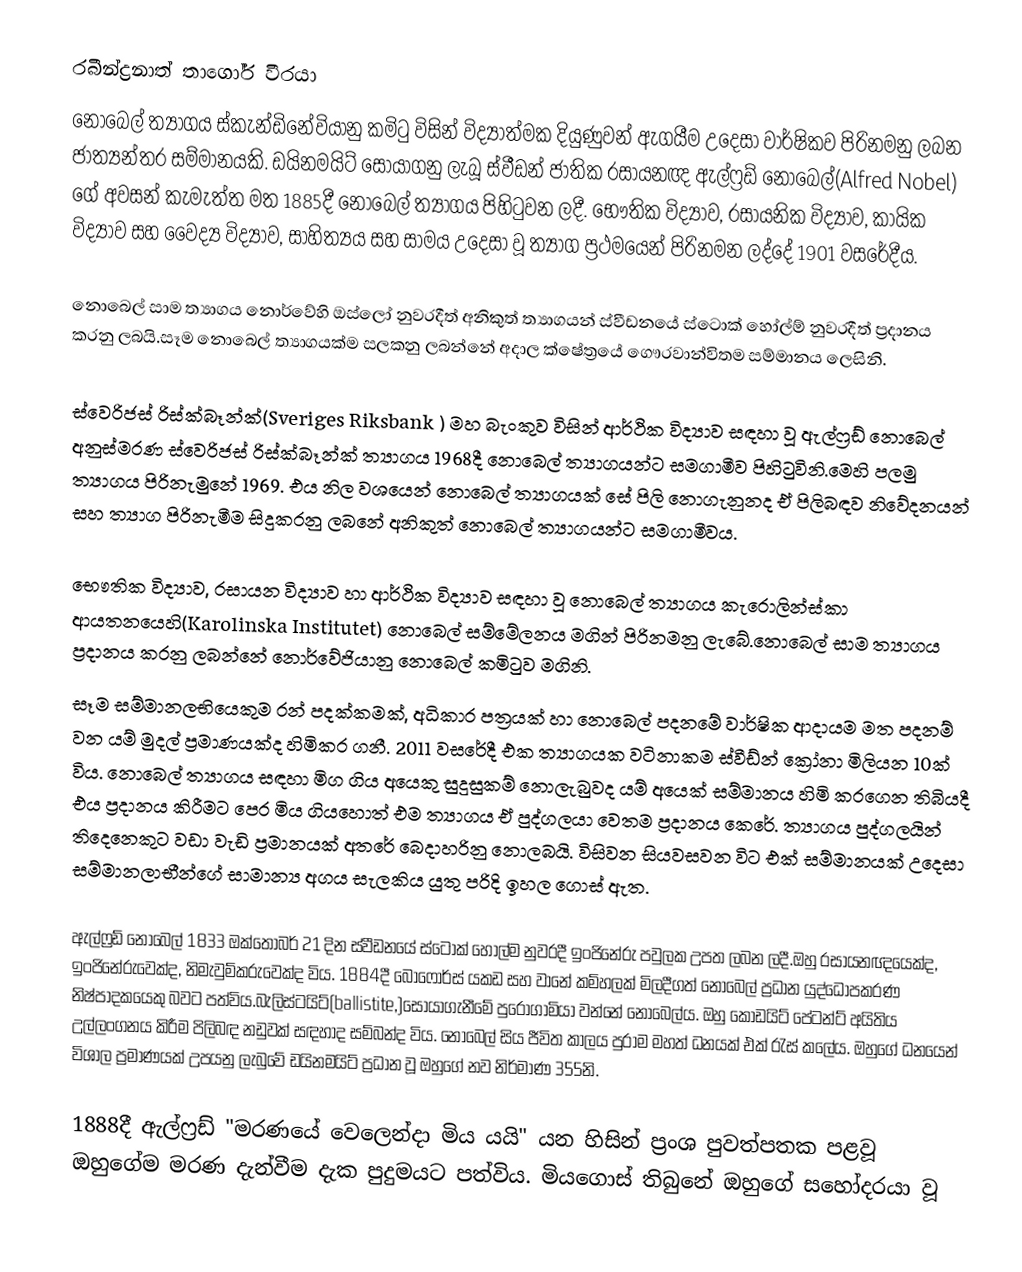
රබීන්ද්‍රනාත් තාගෝර් වීරයා
නොබෙල් ත්‍යාගය ස්කැන්ඩිනේවියානු කමිටු විසින් විද්‍යාත්මක දියුණුවන් ඇගයීම උදෙසා වාර්ෂිකව පිරිනමනු ලබන ජාත්‍යන්තර සම්මානයකි. ඩයිනමයිට් සොයාගනු ලැබූ ස්වීඩන් ජාතික රසායනඥ ඇල්ෆ්‍රඩ් නොබෙල්(Alfred Nobel) ගේ අවසන් කැමැත්ත මත 1885දී නොබෙල් ත්‍යාගය පිහිටුවන ලදී. භෞතික විද්‍යාව, රසායනික විද්‍යාව, කායික විද්‍යාව සහ වෛද්‍ය විද්‍යාව, සාහිත්‍යය සහ සාමය උදෙසා වූ ත්‍යාග ප්‍රථමයෙන් පිරිනමන ලද්දේ 1901 වසරේදීය.

නොබෙල් සාම ත්‍යාගය නොර්වේහි ඔස්ලෝ නුවරදීත් අනිකුත් ත්‍යාගයන් ස්වීඩනයේ ස්ටොක් හෝල්ම් නුවරදීත් ප්‍රදානය කරනු ලබයි.සෑම නොබෙල් ත්‍යාගයක්ම සලකනු ලබන්නේ අදාල ක්ෂේත්‍රයේ ගෞරවාන්විතම සම්මානය ලෙසිනි.

ස්වෙරිජස් රිස්ක්බෑන්ක්(Sveriges Riksbank ) මහ බැංකුව විසින් ආර්ථික විද්‍යාව සඳහා වූ  ඇල්ෆ්‍රඩ් නොබෙල් අනුස්මරණ ස්වෙරිජස් රිස්ක්බෑන්ක් ත්‍යාගය 1968දී  නොබෙල් ත්‍යාගයන්ට සමගාමීව පිහිටුවිනි.මෙහි පලමු ත්‍යාගය පිරිනැමුනේ 1969. එය නිල වශයෙන් නොබෙල් ත්‍යාගයක් සේ පිලි නොගැනුනද ඒ පිලිබඳව නිවේදනයන් සහ ත්‍යාග පිරිනැමීම සිදුකරනු ලබනේ අනිකුත් නොබෙල් ත්‍යාගයන්ට සමගාමීවය.

භෞතික විද්‍යාව, රසායන විද්‍යාව හා ආර්ථික විද්‍යාව සඳහා වූ නොබෙල් ත්‍යාගය කැරොලින්ස්කා ආයතනයෙහි(Karolinska Institutet) නොබෙල් සම්මේලනය මගින් පිරිනමනු ලැබේ.නොබෙල් සාම ත්‍යාගය ප්‍රදානය කරනු ලබන්නේ නොර්වේජියානු නොබෙල් කමිටුව මගිනි.
සෑම සම්මානලභියෙකුම රන් පදක්කමක්, අධිකාර පත්‍රයක් හා නොබෙල් පදනමේ වාර්ෂික ආදායම මත පදනම් වන යම් මුදල් ප්‍රමාණයක්ද හිමිකර ගනී. 2011 වසරේදී එක ත්‍යාගයක වටිනාකම ස්වීඩ්න් ක්‍රෝනා මිලියන 10ක් විය. නොබෙල් ත්‍යාගය සඳහා මිග ගිය අයෙකු සුදුසුකම් නොලැබුවද යම් අයෙක් සම්මානය හිමි කරගෙන තිබියදී එය ප්‍රදානය කිරීමට පෙර මිය ගියහොත් එම ත්‍යාගය ඒ පුද්ගලයා වෙතම ප්‍රදානය කෙරේ. ත්‍යාගය පුද්ගලයින් තිදෙනෙකුට වඩා වැඩි ප්‍රමානයක් අතරේ බෙදාහරිනු නොලබයි. විසිවන සියවසවන විට එක් සම්මානයක් උදෙසා සම්මානලාභීන්ගේ සාමාන්‍ය අගය සැලකිය යුතු පරිදි ඉහල ගොස් ඇත.

ඇල්ෆ්‍රඩ් නොබෙල් 1833 ඔක්තෝබර් 21 දින ස්වීඩනයේ ස්ටොක් හෝල්ම නුවරදී ඉංජිනේරු පවුලක උපත ලබන ලදී.ඔහු රසායනඥයෙක්ද, ඉංජිනේරුවෙක්ද, නිමැවුම්කරුවෙක්ද විය. 1884දී බොෆෝර්ස් යකඩ සහ වානේ කම්හලක් මිලදීගත් නොබෙල් ප්‍රධාන යුද්ධෝපකරණ නිෂ්පාදකයෙකු බවට පත්විය.බැලිස්ටයිට්(ballistite,)සොයාගැනීමේ පුරෝගාමියා වන්නේ නොබෙල්ය. ඔහු කෝඩයිට් පේටන්ට් අයිතිය උල්ලංගනය කිරීම පිලිබඳ නඩුවක් සඳහාද සම්බන්ද විය. නොබෙල් සිය ජීවිත කාලය පුරාම මහත් ධනයක් එක්  රැස් කලේය. ඔහුගේ ධනයෙන් විශාල ප්‍රමාණයක් උපයනු ලැබුවේ ඩයිනමයිට් ප්‍රධාන වූ ඔහුගේ නව නිර්මාණ 355නි.

1888දී ඇල්ෆ්‍රඩ් "මරණයේ වෙලෙන්දා මිය යයි" යන හිසින් ප්‍රංශ පුවත්පතක පළවූ ඔහුගේම මරණ දැන්වීම දැක පුදුමයට පත්විය. මියගොස් තිබුනේ ඔහුගේ සහෝදරයා වූ